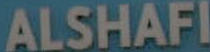
ALSHAFI